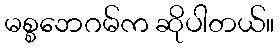
မစ္စဘေဂမ်က ဆိုပါတယ်။